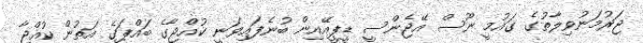
ޖަރުމަނުވިލާތުގެ ގައުމީ ނޫސް އޭޖެންސީ ޑީޕީއޭއިން ބުނެފައިވަނީ ކުއްޖާގެ ބައްޕަގެ އަތުން ކުއްޖާ